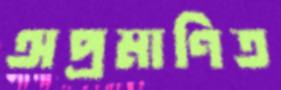
অপ্রমাণিত